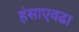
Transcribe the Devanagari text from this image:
हंसाएवढा